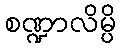
စဏ္ဍာလိမ္ပိ